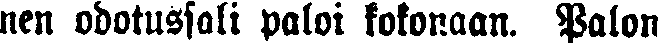
nen odotussali paloi kokonaan. Palon